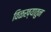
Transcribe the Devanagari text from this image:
विळख्यातुन